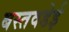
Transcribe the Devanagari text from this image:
बस्तवडेई